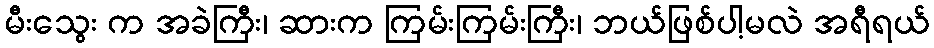
မီးသွေး က အခဲကြီး၊ ဆားက ကြမ်းကြမ်းကြီး၊ ဘယ်ဖြစ်ပါ့မလဲ အရီရယ်